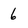
Character: 6